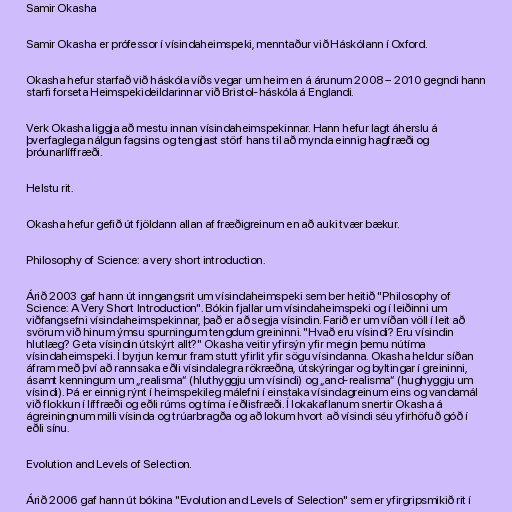
Samir Okasha

Samir Okasha er prófessor í vísindaheimspeki, menntaður við Háskólann í Oxford.

Okasha hefur starfað við háskóla víðs vegar um heim en á árunum 2008 – 2010 gegndi hann
starfi forseta Heimspekideildarinnar við Bristol-háskóla á Englandi.

Verk Okasha liggja að mestu innan vísindaheimspekinnar. Hann hefur lagt áherslu á
þverfaglega nálgun fagsins og tengjast störf hans til að mynda einnig hagfræði og
þróunarlíffræði.

Helstu rit.

Okasha hefur gefið út fjöldann allan af fræðigreinum en að auki tvær bækur.

Philosophy of Science: a very short introduction.

Árið 2003 gaf hann út inngangsrit um vísindaheimspeki sem ber heitið "Philosophy of
Science: A Very Short Introduction". Bókin fjallar um vísindaheimspeki og í leiðinni um
viðfangsefni vísindaheimspekinnar, það er að segja vísindin. Farið er um víðan völl í leit að
svörum við hinum ýmsu spurningum tengdum greininni. "Hvað eru vísindi? Eru vísindin
hlutlæg? Geta vísindin útskýrt allt?" Okasha veitir yfirsýn yfir megin þemu nútíma
vísindaheimspeki. Í byrjun kemur fram stutt yfirlit yfir sögu vísindanna. Okasha heldur síðan
áfram með því að rannsaka eðli vísindalegra rökræðna, útskýringar og byltingar í greininni,
ásamt kenningum um „realisma“ (hluthyggju um vísindi) og „and-realisma“ (hughyggju um
vísindi). Þá er einnig rýnt í heimspekileg málefni í einstaka vísindagreinum eins og vandamál
við flokkun í líffræði og eðli rúms og tíma í eðlisfræði. Í lokakaflanum snertir Okasha á
ágreiningnum milli vísinda og trúarbragða og að lokum hvort að vísindi séu yfirhöfuð góð í
eðli sínu.

Evolution and Levels of Selection.

Árið 2006 gaf hann út bókina "Evolution and Levels of Selection" sem er yfirgripsmikið rit í